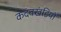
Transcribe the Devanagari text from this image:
कदंवखंडियों